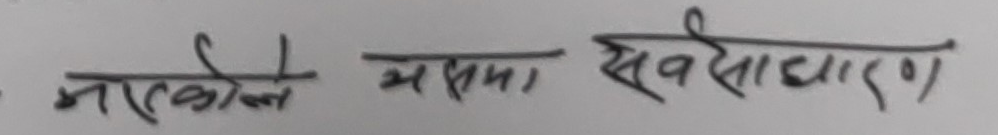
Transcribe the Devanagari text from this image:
भएकोले यसमा सर्वसाधारण